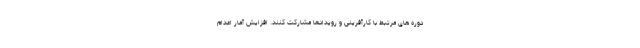
دوره های مرتبط با کاًرآفرینی و رویدادها مشارکت کنند. افزایش آمار اعدام